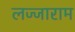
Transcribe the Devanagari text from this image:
लज्जाराम